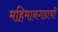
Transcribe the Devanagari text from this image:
महिमानगडाची